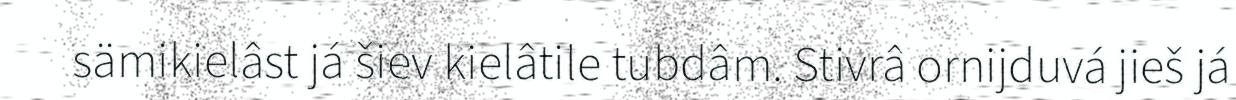
sämikielâst já šiev kielâtile tubdâm. Stivrâ ornijduvá jieš já